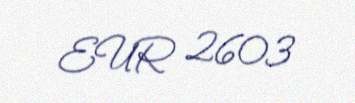
EUR 2603